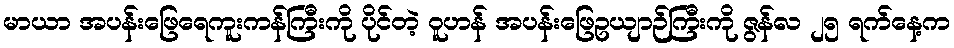
မာယာ အပန်းဖြေရေကူးကန်ကြီးကို ပိုင်တဲ့ ဝူဟန် အပန်းဖြေဥယျာဉ်ကြီးကို ဇွန်လ ၂၅ ရက်နေ့က